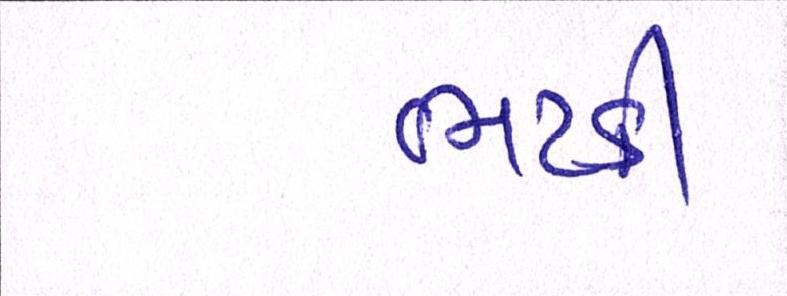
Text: ભટકી